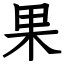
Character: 果